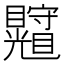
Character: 𥍄